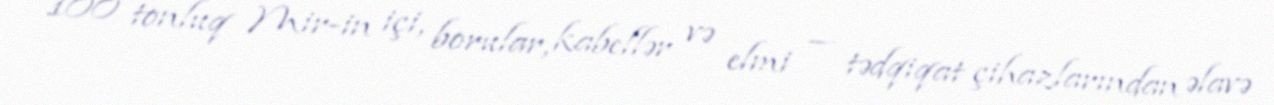
100 tonluq Mir-in içi, borular, kabellər və elmi — tədqiqat çihazlarından əlavə